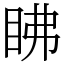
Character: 䀟